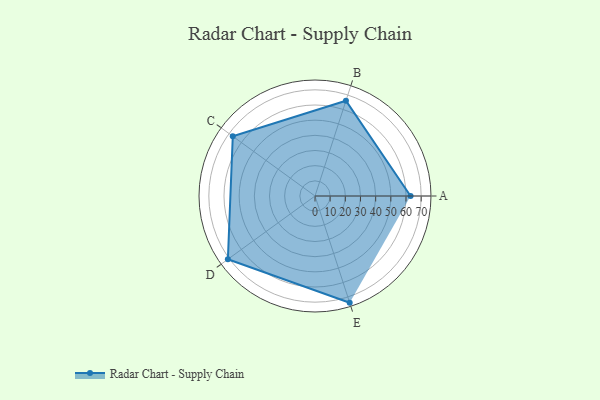
{"axis": {"x": "Skill", "y": "Score"}, "legend": ["Profile"], "data": [{"x": "A", "y": 63.0, "type": "Profile"}, {"x": "B", "y": 66.0, "type": "Profile"}, {"x": "C", "y": 67.0, "type": "Profile"}, {"x": "D", "y": 71.0, "type": "Profile"}, {"x": "E", "y": 74.0, "type": "Profile"}]}